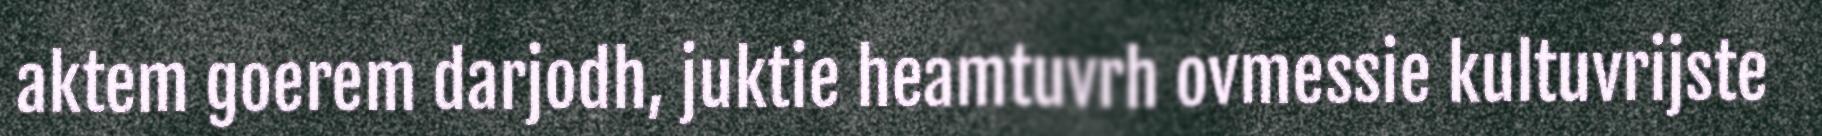
aktem goerem darjodh, juktie heamtuvrh ovmessie kultuvrijste